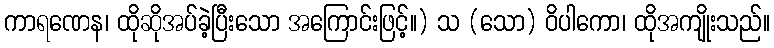
ကာရဏေန၊ ထိုဆိုအပ်ခဲ့ပြီးသော အကြောင်းဖြင့်။) သ (သော) ဝိပါကော၊ ထိုအကျိုးသည်။